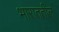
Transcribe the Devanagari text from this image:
भाराततील